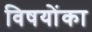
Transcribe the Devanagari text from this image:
विषयोंका